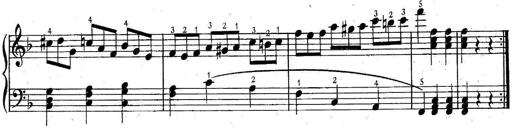
Title: 6 Easy Sonatinas
Composer: Carl Czerny